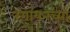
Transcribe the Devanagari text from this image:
रंगायनच्या